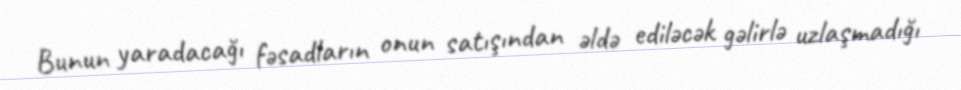
Bunun yaradacağı fəsadların onun satışından əldə ediləcək gəlirlə uzlaşmadığı